Medical and sanitary report of the native army of Bengal for the year
Year: 1877
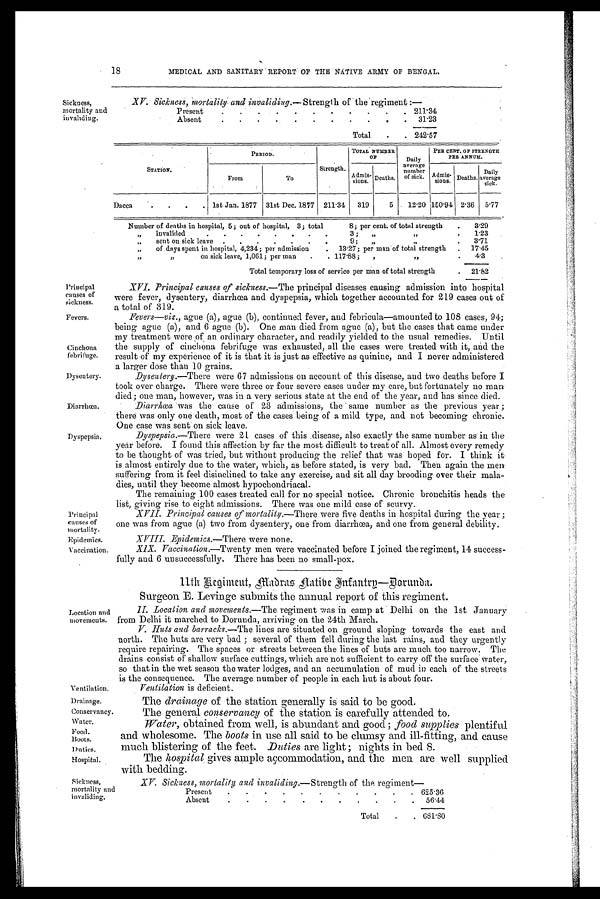
Sickness,
mortality and invaliding.
Principal
causes of
sickness.
Fevers.
Cinchona
febrifuge.
Dysentery.
Diarrhoea.
Dyspepsia.
Principal
causes of
mortality.
Epidemics
Vaccination.
Location
and movements.
Ventilation.
Drainage.
Conservancy
Water.
Food.
Boots.
Duties.
H o s p i t a l .
18
MEDICAL AND SANITARY REPORT OF THE NATIVE ARMY OF BENGAL.
XV. Sickness, mortality and invaliding.— Strength of the regiment :—
Present
211.34
Absent
31.23
Total
242.57
STATION.
PERIOD.
Strength.
TOTAL NUMBER
OF
Daily
average number of si ck.
PER CENT. OF STRENGTH
PER ANNUM.
From
To
Admis-
sions.
Deaths.
Admis-
sions. Deaths.
Daily
average
sick.
Dacca
1st Jan. 1877 31st Dec. 1877 211.34
319
5
12.20 150.94 2.36
5.77
Number of deaths in hospital, 5; out of hospital, 3; total 8; per cent. of total strength
3.29
,, invalided
3; ,, ,,
1.23
,, sent on sick leave 9; ,, ,,
3.71
,, of days spent in hospital, 4,234 ; per admission 13 . 27; per man of total strength
17.45
,, ,, on sick leave, 1,061; per man 117.88; ,, ,,
4.3
Total temporary loss of service per man of total strength
21.82
XVI. Principal causes of sickness.— The principal diseases causing admission into hospital
were fever, dysentery, diarrhoea and dyspepsia, which together accounted for 219 cases out of
a total of 319.
Fevers—viz., ague (a), ague (b), continued fever, and febricula—amounted to 108 cases, 94;
being ague (a), and 6 ague (b). One man died from ague (a), but the cases that came under
my treatment were of an ordinary character, and readily yielded to the usual remedies. Until
the supply of cinchona febrifuge was exhausted, all the cases were treated with it, and the
result of my experience of it is that it is just as effective as quinine, and I never administered
a larger dose than 10 grains.
Dysentery.—There were 67 admissions on account of this disease, and two deaths before I
took over charge. There were three or four severe cases under my care, but fortunately no man
died ; one man, however, was in a very serious state at the end of the year, and has since died.
Diarrhea was the cause of 23 admissions, the same number as the previous year ;
there was only one death, most of the cases being of a mild type, and not becoming chronic.
One case was sent on sick leave.
Dyspepsia.—There w e r e 2 1 c a s e s o f t h i s d i s e a s e , a l s o e x a c t l y t h e s a m e n u m b e r a s i n t h e
year before. I found this affection by far the most difficult to treat of all. Almost every remedy
to be thought of was tried, but without producing the relief that was hoped for. I think it
is almost entirely due to the water, which, as before stated, is very bad. Then again the men
suffering from it feel disinclined to take any exercise, and sit all day brooding over their mala-
- d i e s , u n t i l t h e y b e c o m e a l m o s t h y p o c h o n d r i a c a l .
The remaining 100 cases treated call for no special notice. Chronic bronchitis heads the
list, giving rise to eight admissions. There was one mild case of scurvy.
XVII. Principal causes of mortality.—There were five deaths in hospital during the year ;
one was from ague (a) two from dysentery, one from diarrhœa, and one from general debility.
XVIII. Epidemics.—There were none.
X I X . V a c c i n a t i o n . — T w e n t ymen were vaccinated before I joined the regiment, 14 success- -
fully and 6 unsuccessfully. There has been no small-pox .
11th Regimeut, madras natibe Intantrp-Dorunda.
Surgeon E. Levinge submits the annual report of this regiment.
II. Location and movements.— The regiment was in camp at Delhi on the 1st January
from Delhi it marched to Dorunda, arriving on the 24th March.
V
. Huts and barracks.—The lines are situated on ground sloping towards the east and
north. The huts are very bad ; several of them fell during the last rains, and they urgently
require repairing. The spaces or streets between the lines of huts are much too narrow. The
drains consist of shallow surface cuttings, which are not sufficient to carry off the surface water,
so that in the wet season the water lodges, and an accumulation of mud in each of the streets
is the consequence. The average number of people in each hut is about four.
Ventilation is deficient.
The drainage of the station generally is said to be good.
T h e g e n e r a l
c o n s e r v a n c y
o f t h e s t a t i o n i s c a r e f u l l y a t t e n d e d t o .
Water, obtained from well, is abundant and good; food supplies plentiful
and wholesome. The boots in use all said to be clumsy and ill-fitting, and cause
much blistering of the feet. Duties are light ; nights in bed S.
The hospital gives ample accommodation, and the men are well supplied
w i t h b e d d i n g .
Sickness,
mortality and
invaliding.
xv. Sickness, mortality and invaliding.— Strength of the regi ment -
Present
625.36
Absent
5 6 . 4 4
Total
681.80